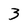
Character: 3